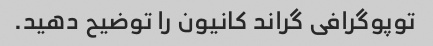
توپوگرافی گراند کانیون را توضیح دهید.